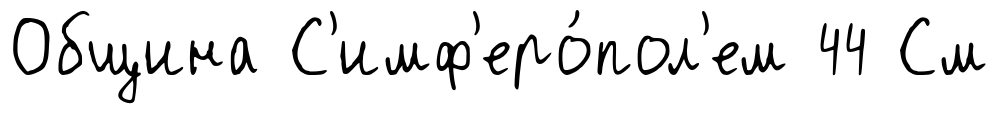
Община С'имф'еро́пол'ем 44 См